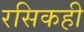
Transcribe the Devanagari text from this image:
रसिकही